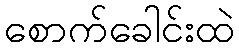
စောက်ခေါင်းထဲ